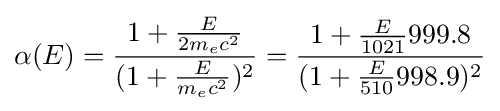
\alpha (E)={\frac {1+{\frac {E}{2m_{e}c^{2}}}}{(1+{\frac {E}{m_{e}c^{2}}})^{2}}}={\frac {1+{\frac {E}{1021}}999.8}{(1+{\frac {E}{510}}998.9)^{2}}}